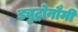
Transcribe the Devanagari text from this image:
ड्युट्रोनौमी